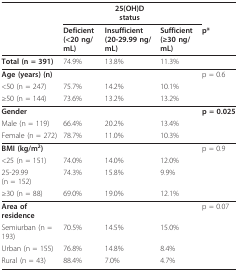
|  |  | 25(OH)D status |  |  |
 |  | Deficient(<20 ng/mL) | Insufficient(20-29.99 ng/mL) | Sufficient(≥30 ng/mL) | p* |
 | --- | --- | --- | --- | --- |
 | Total (n = 391) | 74.9% | 13.8% | 11.3% |  |
 | Age (years) (n) |  |  |  | p = 0.6 |
 | <50 (n = 247) | 75.7% | 14.2% | 10.1% |  |
 | ≥50 (n = 144) | 73.6% | 13.2% | 13.2% |  |
 | Gender |  |  |  | p = 0.025 |
 | Male (n = 119) | 66.4% | 20.2% | 13.4% |  |
 | Female (n = 272) | 78.7% | 11.0% | 10.3% |  |
 | BMI (kg/m2) |  |  |  | p = 0.9 |
 | <25 (n = 151) | 74.0% | 14.0% | 12.0% |  |
 | 25-29.99 (n = 152) | 74.3% | 15.8% | 9.9% |  |
 | ≥30 (n = 88) | 69.0% | 19.0% | 12.1% |  |
 | Area of residence |  |  |  | p = 0.07 |
 | Semiurban (n = 193) | 70.5% | 14.5% | 15.0% |  |
 | Urban (n = 155) | 76.8% | 14.8% | 8.4% |  |
 | Rural (n = 43) | 88.4% | 7.0% | 4.7% |  |